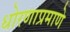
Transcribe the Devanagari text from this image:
धोरणाप्रमाणे